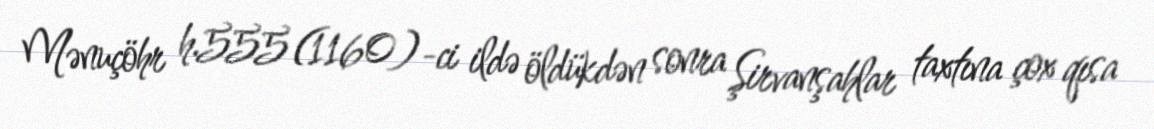
Mənuçöhr h.555 (1160)-ci ildə öldükdən sonra Şirvanşahlar taxtına çox qısa